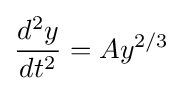
{\frac {d^{2}y}{dt^{2}}}=Ay^{2/3}